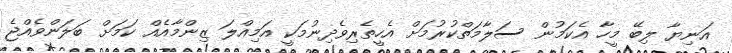
އަނިޔާ ލިބޭ މީހާ އެކަމުން ސަލާމަތްކުރުމަށް އެހީތެރިވެދިނުމަކީ އަމިއްލަ ޒިންމާއެއް ކަމަށް ބަލަންވެއްޖެ